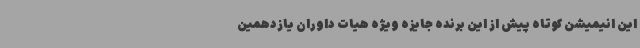
این انیمیشن کوتاه پیش از این برنده‌ جایزه‌ ویژه‌ هیات داوران یازدهمین